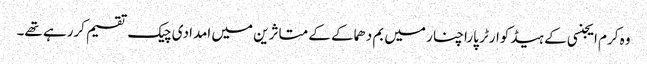
وہ کرم ایجنسی کے ہیڈکوارٹر پاراچنار میں بم دھماکے کے متاثرین میں امدادی چیک تقسیم کررہے تھے۔